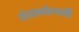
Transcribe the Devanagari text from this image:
संतानोत्पत्ती